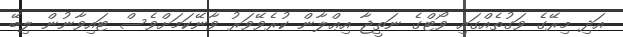
އަދި މިރޭގެ ވަގުތެއްގައި ވޯޓްގެ ނަތީޖާ އިޢްލާން ކުރެވޭވަރު ވާނޭކަމަށްވެސް ޓައިވާނުން ލިބޭ